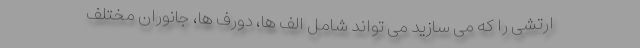
ارتشی را که می سازید می تواند شامل الف ها، دورف ها، جانوران مختلف